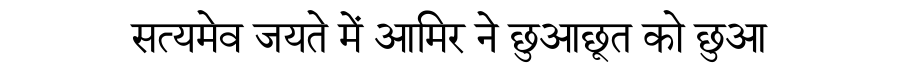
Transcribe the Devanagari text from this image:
सत्यमेव जयते में आमिर ने छुआछूत को छुआ